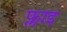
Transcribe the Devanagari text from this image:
फ्लाइ